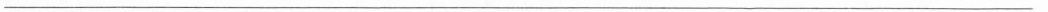
___